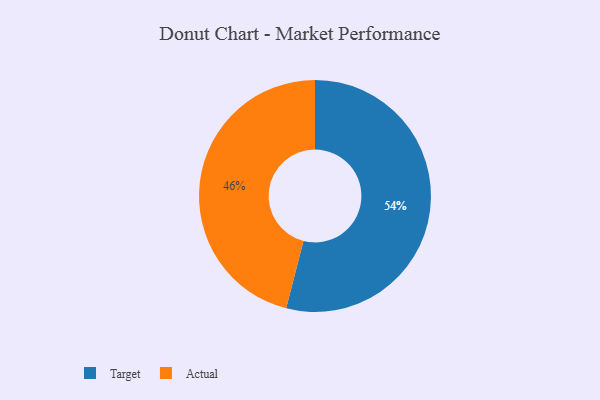
{"axis": {"x": "Category", "y": "Percentage"}, "legend": ["Actual", "Target"], "data": [{"x": "Target", "y": 54, "type": "Target"}, {"x": "Actual", "y": 46, "type": "Actual"}]}